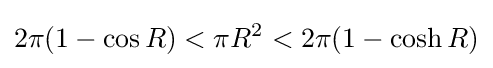
2\pi (1-\cos R)<\pi R^{2}<2\pi (1-\cosh R)